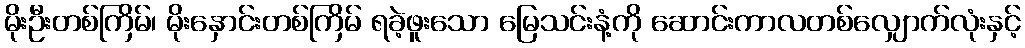
မိုးဦးတစ်ကြိမ်၊ မိုးနှောင်းတစ်ကြိမ် ရခဲ့ဖူးသော မြေသင်းနံ့ကို ဆောင်းကာလတစ်လျှောက်လုံးနှင့်